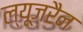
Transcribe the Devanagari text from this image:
ल्यूजरैन